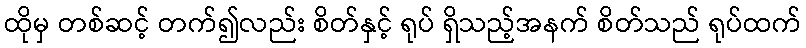
ထိုမှ တစ်ဆင့် တက်၍လည်း စိတ်နှင့် ရုပ် ရှိသည့်အနက် စိတ်သည် ရုပ်ထက်